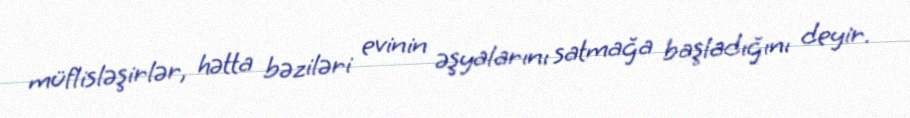
müflisləşirlər, hətta bəziləri evinin əşyalarını satmağa başladığını deyir.